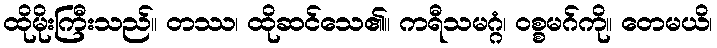
ထိုမိုးကြီးသည်။ တဿ၊ ထိုဆင်သေ၏။ ကရီသမဂ္ဂံ၊ ဝစ္စမဂ်ကို။ တေမယိ၊